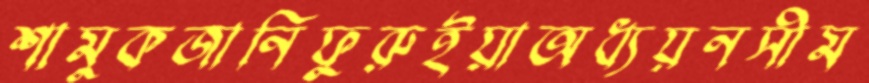
শামুকজানিফুরুইয়াঅধ্যয়নসীম